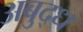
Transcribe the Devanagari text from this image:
अबुद्ध